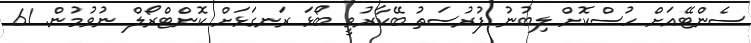
ސެންޓޭއަށް ހުސްކޮށް ލިބުނު ފުރުސަތު ބޭކާރުވީ ބޯޅަ ރަނގަޅަށް ކޮންޓްރޯލް ނުވުމުން. 61